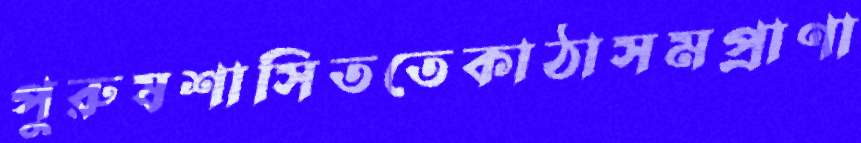
পুরুষশাসিততেকাঠাসমপ্রাণা